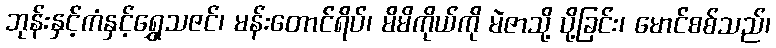
ဘုန်းနှင့်ကံနှင့်ရွှေသဇင်၊ မန်းတောင်ရိပ်၊ မိမိကိုယ်ကို မဲဇာသို့ ပို့ခြင်း၊ မောင်စစ်သည်၊